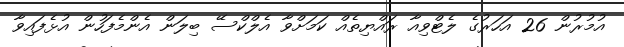
އުމުރުން 26 އަހަރުގެ ލެޓްވިއާ ރައްޔިތެއް ކަމަށްވާ އެލްކްސޭ ބިލަން އެންމެފަހުން އުޅެފައިވާ